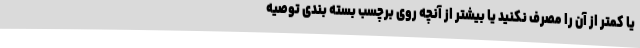
یا کمتر از آن را مصرف نکنید یا بیشتر از آنچه روی برچسب بسته بندی توصیه